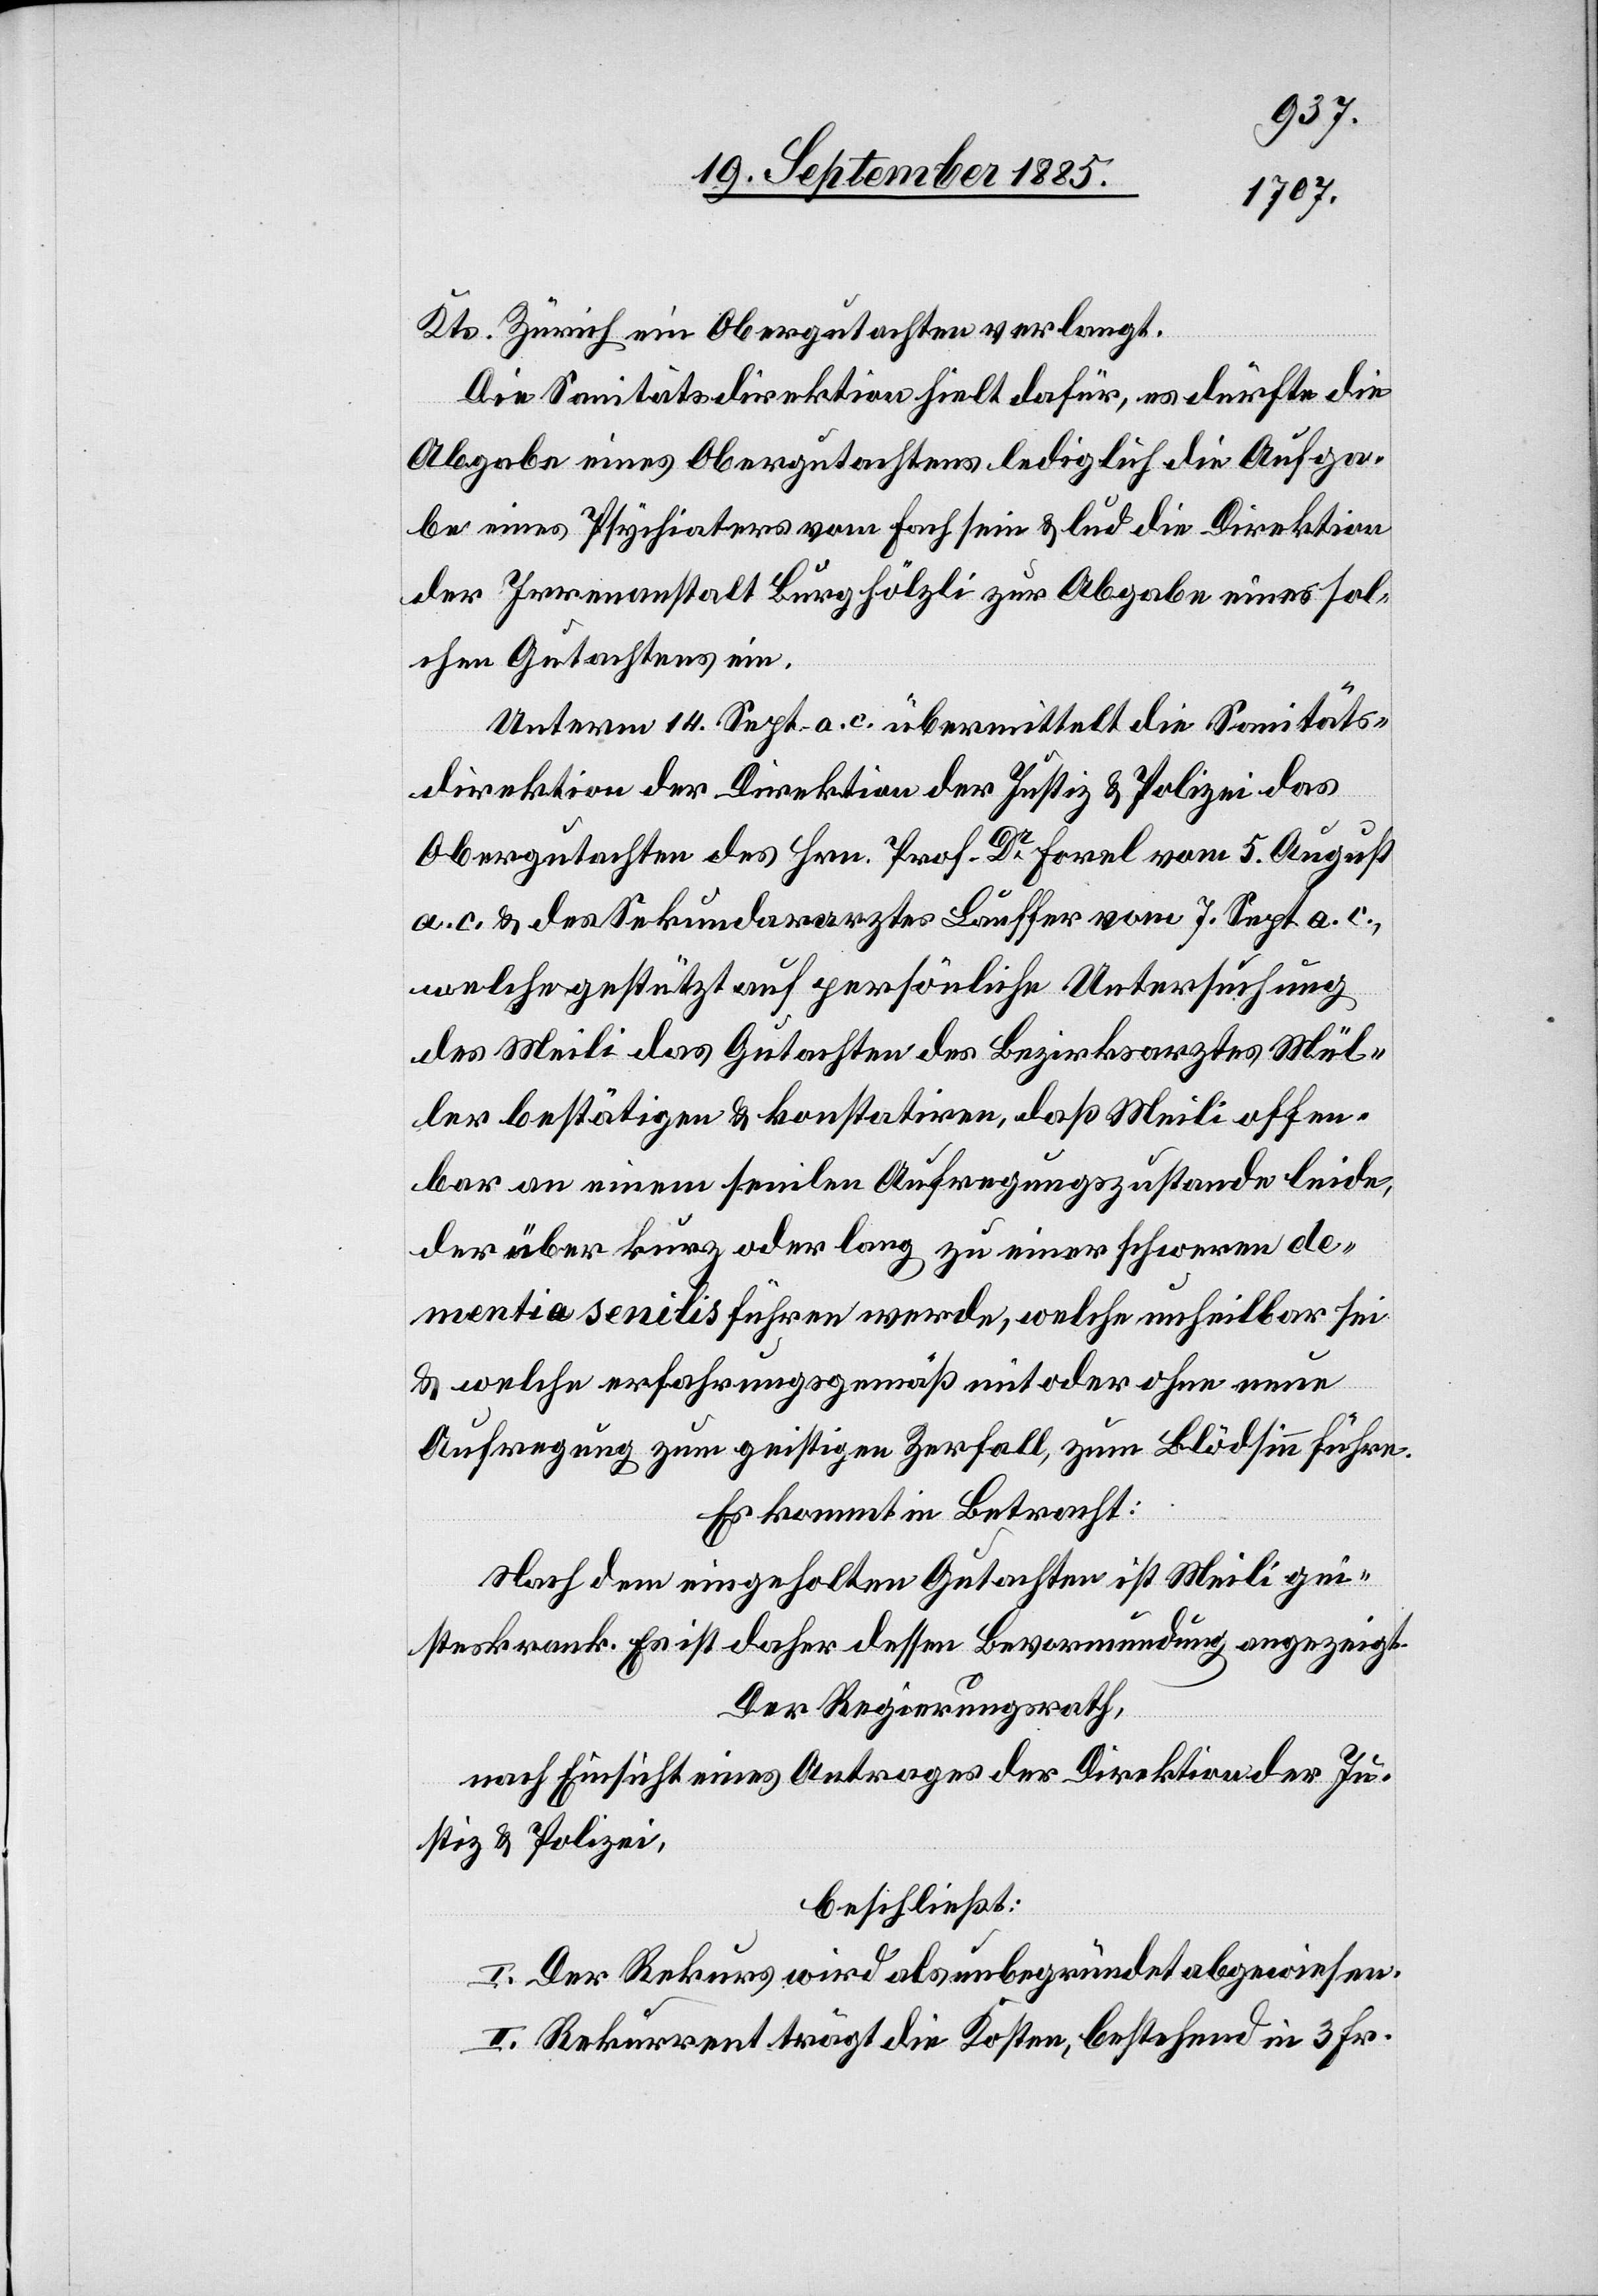
Kts. Zürich ein Obergutachten verlangt.
Die Sanitätsdirektion hielt dafür, es dürfte die
Abgabe eines Obergutachtens lediglich die Aufga¬
be eines Psychiaters vom Fach sein & lud die Direktion
der Irrenanstalt Burghölzli zur Abgabe eines sol¬
chen Gutachtens ein.
Unterm 14. Sept. a. c. übermittelt die Sanitäts¬
direktion der Direktion der Justiz & Polizei das
Obergutachten des Hrn. Prof Dr Forel vom 5. August
a. c. & des Sekundararztes Lauffer vom 7. Sept. a. c.,
welche gestützt auf persönliche Untersuchung
des Meili das Gutachten des Bezirksarztes Mül¬
ler bestätigten & konstatiren, daß Meili offen¬
bar an einem senilen Aufregungszustande leide,
der über kurz oder lang zu einer schweren de¬
mentia senilis führen werde, welche unheilbar sei
& welche erfahrungsgemäß mit oder ohne neue
Aufregung zum geistigen Zerfall, zum Blödsinn führe.
Es kommt in Betracht:
Nach dem eingeholten Gutachten ist Meili gei¬
steskrank. Es ist daher dessen Bevormundung angezeigt.
Der Regierungsrath,
nach Einsicht eines Antrages der Direktion der Ju¬
stiz & Polizei,
beschließt:
I. Der Rekurs wird als unbegründet abgewiesen.
II. Rekurrent trägt die Kosten, bestehend in 3 Fr.